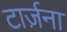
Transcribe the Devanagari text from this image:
टार्ज़ना